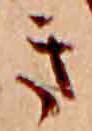
き